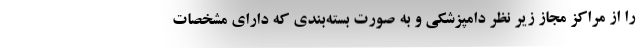
را از مراکز مجاز زیر نظر دامپزشکی و به صورت بسته‌بندی که دارای مشخصات